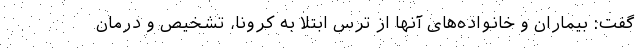
گفت: بیماران و خانواده‌های آنها از ترس ابتلا به کرونا، تشخیص و درمان